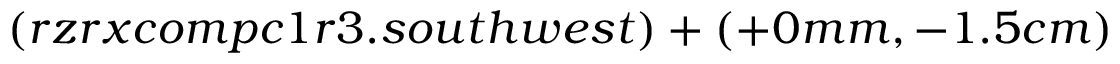
( r z r x c o m p c 1 r 3 . s o u t h w e s t ) + ( + 0 m m , - 1 . 5 c m )